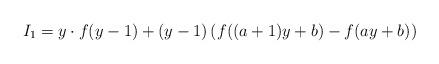
LaTeX: \begin{align*} I_1=y \cdot f(y-1) + (y-1) \left( f((a+1)y+b)-f(ay+b) \right)\end{align*}